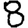
Digit: 8